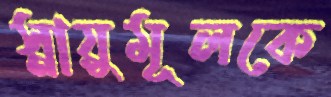
স্নায়ুমূলকে